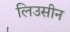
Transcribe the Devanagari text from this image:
लिउसीन